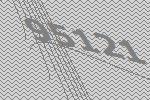
95121